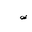
Letter: _dad